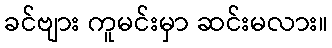
ခင်ဗျား ကူမင်းမှာ ဆင်းမလား။